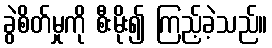
ခွဲစိတ်မှုကို စီးမိုး၍ ကြည့်ခဲ့သည်။